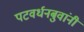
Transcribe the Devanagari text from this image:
पटवर्धनबुवांनी